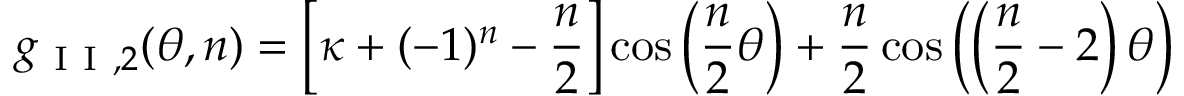
g _ { \mathrm { ~ I ~ I ~ } , 2 } ( \theta , n ) = \left[ \kappa + ( - 1 ) ^ { n } - \frac { n } { 2 } \right] \cos \left( \frac { n } { 2 } \theta \right) + \frac { n } { 2 } \cos \left( \left( \frac { n } { 2 } - 2 \right) \theta \right)